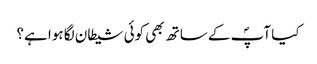
کیا آپؐ کے ساتھ بھی کوئی شیطان لگا ہوا ہے؟